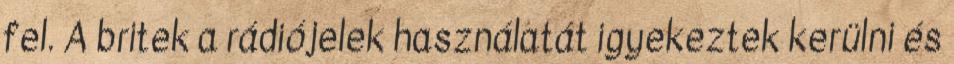
fel. A britek a rádiójelek használatát igyekeztek kerülni és